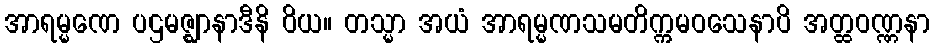
အာရမ္မဏေ ပဌမဇ္ဈာနာဒီနိ ဝိယ။ တသ္မာ အယံ အာရမ္မဏသမတိက္ကမဝသေနာပိ အတ္ထဝဏ္ဏနာ